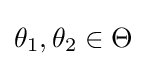
\theta _{1},\theta _{2}\in \Theta